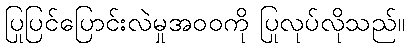
ပြုပြင်ပြောင်းလဲမှုအဝဝကို ပြုလုပ်လိုသည်။